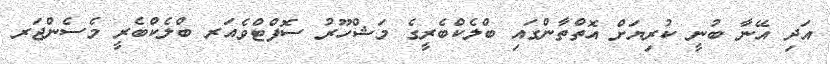
އަދި އޭނާ ބުނީ ކުރިޔަށް އޮތްތާންގައި ބްލެކްބެރީގެ މަޝްހޫރު ސޮފްޓްވެއަރ ބްލެކްބެރީ މެސެންޖަރ